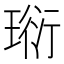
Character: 𤦷